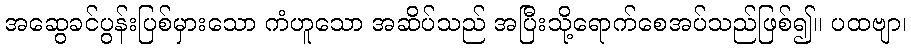
အဆွေခင်ပွန်းပြစ်မှားသော ကံဟူသော အဆိပ်သည် အပြီးသို့ရောက်စေအပ်သည်ဖြစ်၍။ ပထဗျာ၊